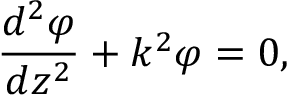
\frac { d ^ { 2 } \varphi } { d z ^ { 2 } } + k ^ { 2 } \varphi = 0 ,